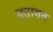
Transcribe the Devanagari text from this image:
गतागत